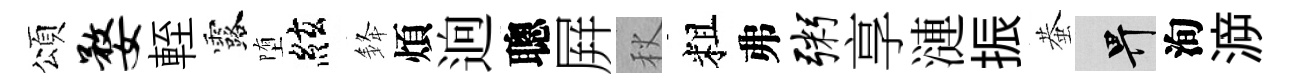
頌婺輊露堕絃𨦟煩逈聰屛秋粗弗粥享漣振蛬畀洵㴑